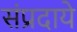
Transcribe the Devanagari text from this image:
संप्रदाये